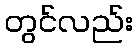
တွင်လည်း